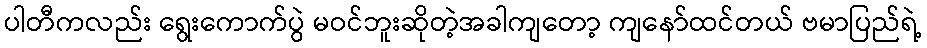
ပါတီကလည်း ရွေးကောက်ပွဲ မဝင်ဘူးဆိုတဲ့အခါကျတော့ ကျနော်ထင်တယ် ဗမာပြည်ရဲ့